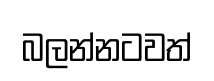
බලන්නටවත්